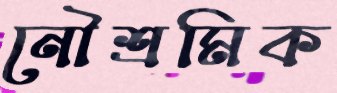
নৌশ্রমিক